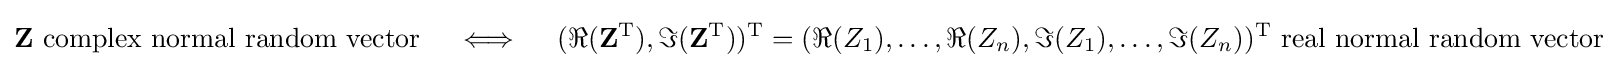
\mathbf {Z} {\text{ complex normal random vector}}\quad \iff \quad (\Re (\mathbf {Z} ^{\mathrm {T} }),\Im (\mathbf {Z} ^{\mathrm {T} }))^{\mathrm {T} }=(\Re (Z_{1}),\ldots ,\Re (Z_{n}),\Im (Z_{1}),\ldots ,\Im (Z_{n}))^{\mathrm {T} }{\text{ real normal random vector}}